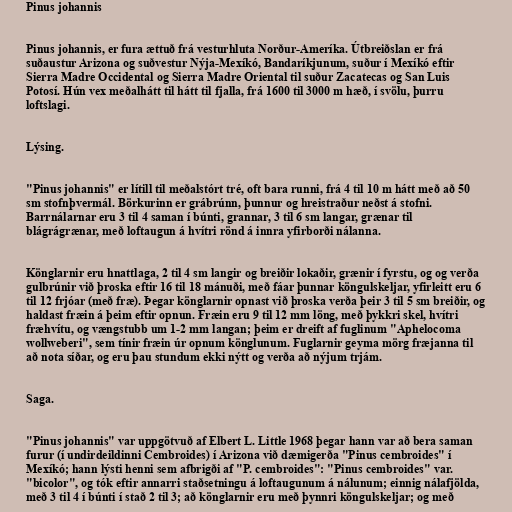
Pinus johannis

Pinus johannis, er fura ættuð frá vesturhluta Norður-Ameríka. Útbreiðslan er frá
suðaustur Arizona og suðvestur Nýja-Mexíkó, Bandaríkjunum, suður í Mexíkó eftir
Sierra Madre Occidental og Sierra Madre Oriental til suður Zacatecas og San Luis
Potosí. Hún vex meðalhátt til hátt til fjalla, frá 1600 til 3000 m hæð, í svölu, þurru
loftslagi.

Lýsing.

"Pinus johannis" er lítill til meðalstórt tré, oft bara runni, frá 4 til 10 m hátt með að 50
sm stofnþvermál. Börkurinn er grábrúnn, þunnur og hreistraður neðst á stofni.
Barrnálarnar eru 3 til 4 saman í búnti, grannar, 3 til 6 sm langar, grænar til
blágrágrænar, með loftaugun á hvítri rönd á innra yfirborði nálanna.

Könglarnir eru hnattlaga, 2 til 4 sm langir og breiðir lokaðir, grænir í fyrstu, og og verða
gulbrúnir við þroska eftir 16 til 18 mánuði, með fáar þunnar köngulskeljar, yfirleitt eru 6
til 12 frjóar (með fræ). Þegar könglarnir opnast við þroska verða þeir 3 til 5 sm breiðir, og
haldast fræin á þeim eftir opnun. Fræin eru 9 til 12 mm löng, með þykkri skel, hvítri
fræhvítu, og vængstubb um 1-2 mm langan; þeim er dreift af fuglinum "Aphelocoma
wollweberi", sem tínir fræin úr opnum könglunum. Fuglarnir geyma mörg fræjanna til
að nota síðar, og eru þau stundum ekki nýtt og verða að nýjum trjám.

Saga.

"Pinus johannis" var uppgötvuð af Elbert L. Little 1968 þegar hann var að bera saman
furur (í undirdeildinni Cembroides) í Arizona við dæmigerða "Pinus cembroides" í
Mexíkó; hann lýsti henni sem afbrigði af "P. cembroides": "Pinus cembroides" var.
"bicolor", og tók eftir annarri staðsetningu á loftaugunum á nálunum; einnig nálafjölda,
með 3 til 4 í búnti í stað 2 til 3; að könglarnir eru með þynnri köngulskeljar; og með